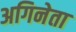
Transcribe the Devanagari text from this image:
अगिनेता